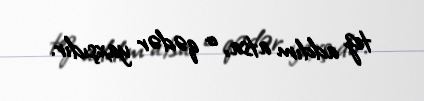
tez addım atsa, o qədər yaxşıdır.